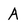
Character: A